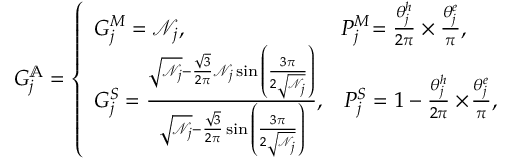
\begin{array} { r } { G _ { j } ^ { \mathbb { A } } = \left\{ \begin{array} { l l } { G _ { j } ^ { M } = \mathcal { N } _ { j } , } & { \! P _ { j } ^ { M } \! = \frac { \theta _ { j } ^ { h } } { 2 \pi } \times \frac { \theta _ { j } ^ { e } } { \pi } , } \\ { G _ { j } ^ { S } = \frac { \sqrt { \mathcal { N } _ { j } } - \frac { \sqrt { 3 } } { 2 \pi } \mathcal { N } _ { j } \sin { \left( \frac { 3 \pi } { 2 \sqrt { \mathcal { N } _ { j } } } \right) } } { \sqrt { \mathcal { N } _ { j } } - \frac { \sqrt { 3 } } { 2 \pi } \sin { \left( \frac { 3 \pi } { 2 \sqrt { \mathcal { N } _ { j } } } \right) } } , } & { P _ { j } ^ { S } = 1 - \frac { \theta _ { j } ^ { h } } { 2 \pi } \times \! \frac { \theta _ { j } ^ { e } } { \pi } , } \end{array} \right. } \end{array}